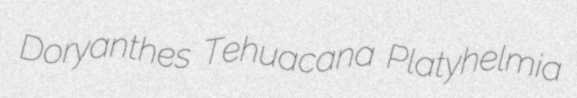
Doryanthes Tehuacana Platyhelmia